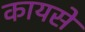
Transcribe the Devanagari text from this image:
कायसे